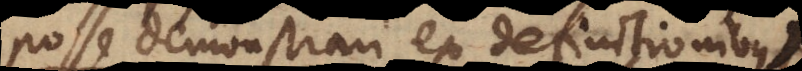
posse demonstrari ex definitionibus,